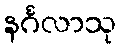
နင်္ဂလာသု